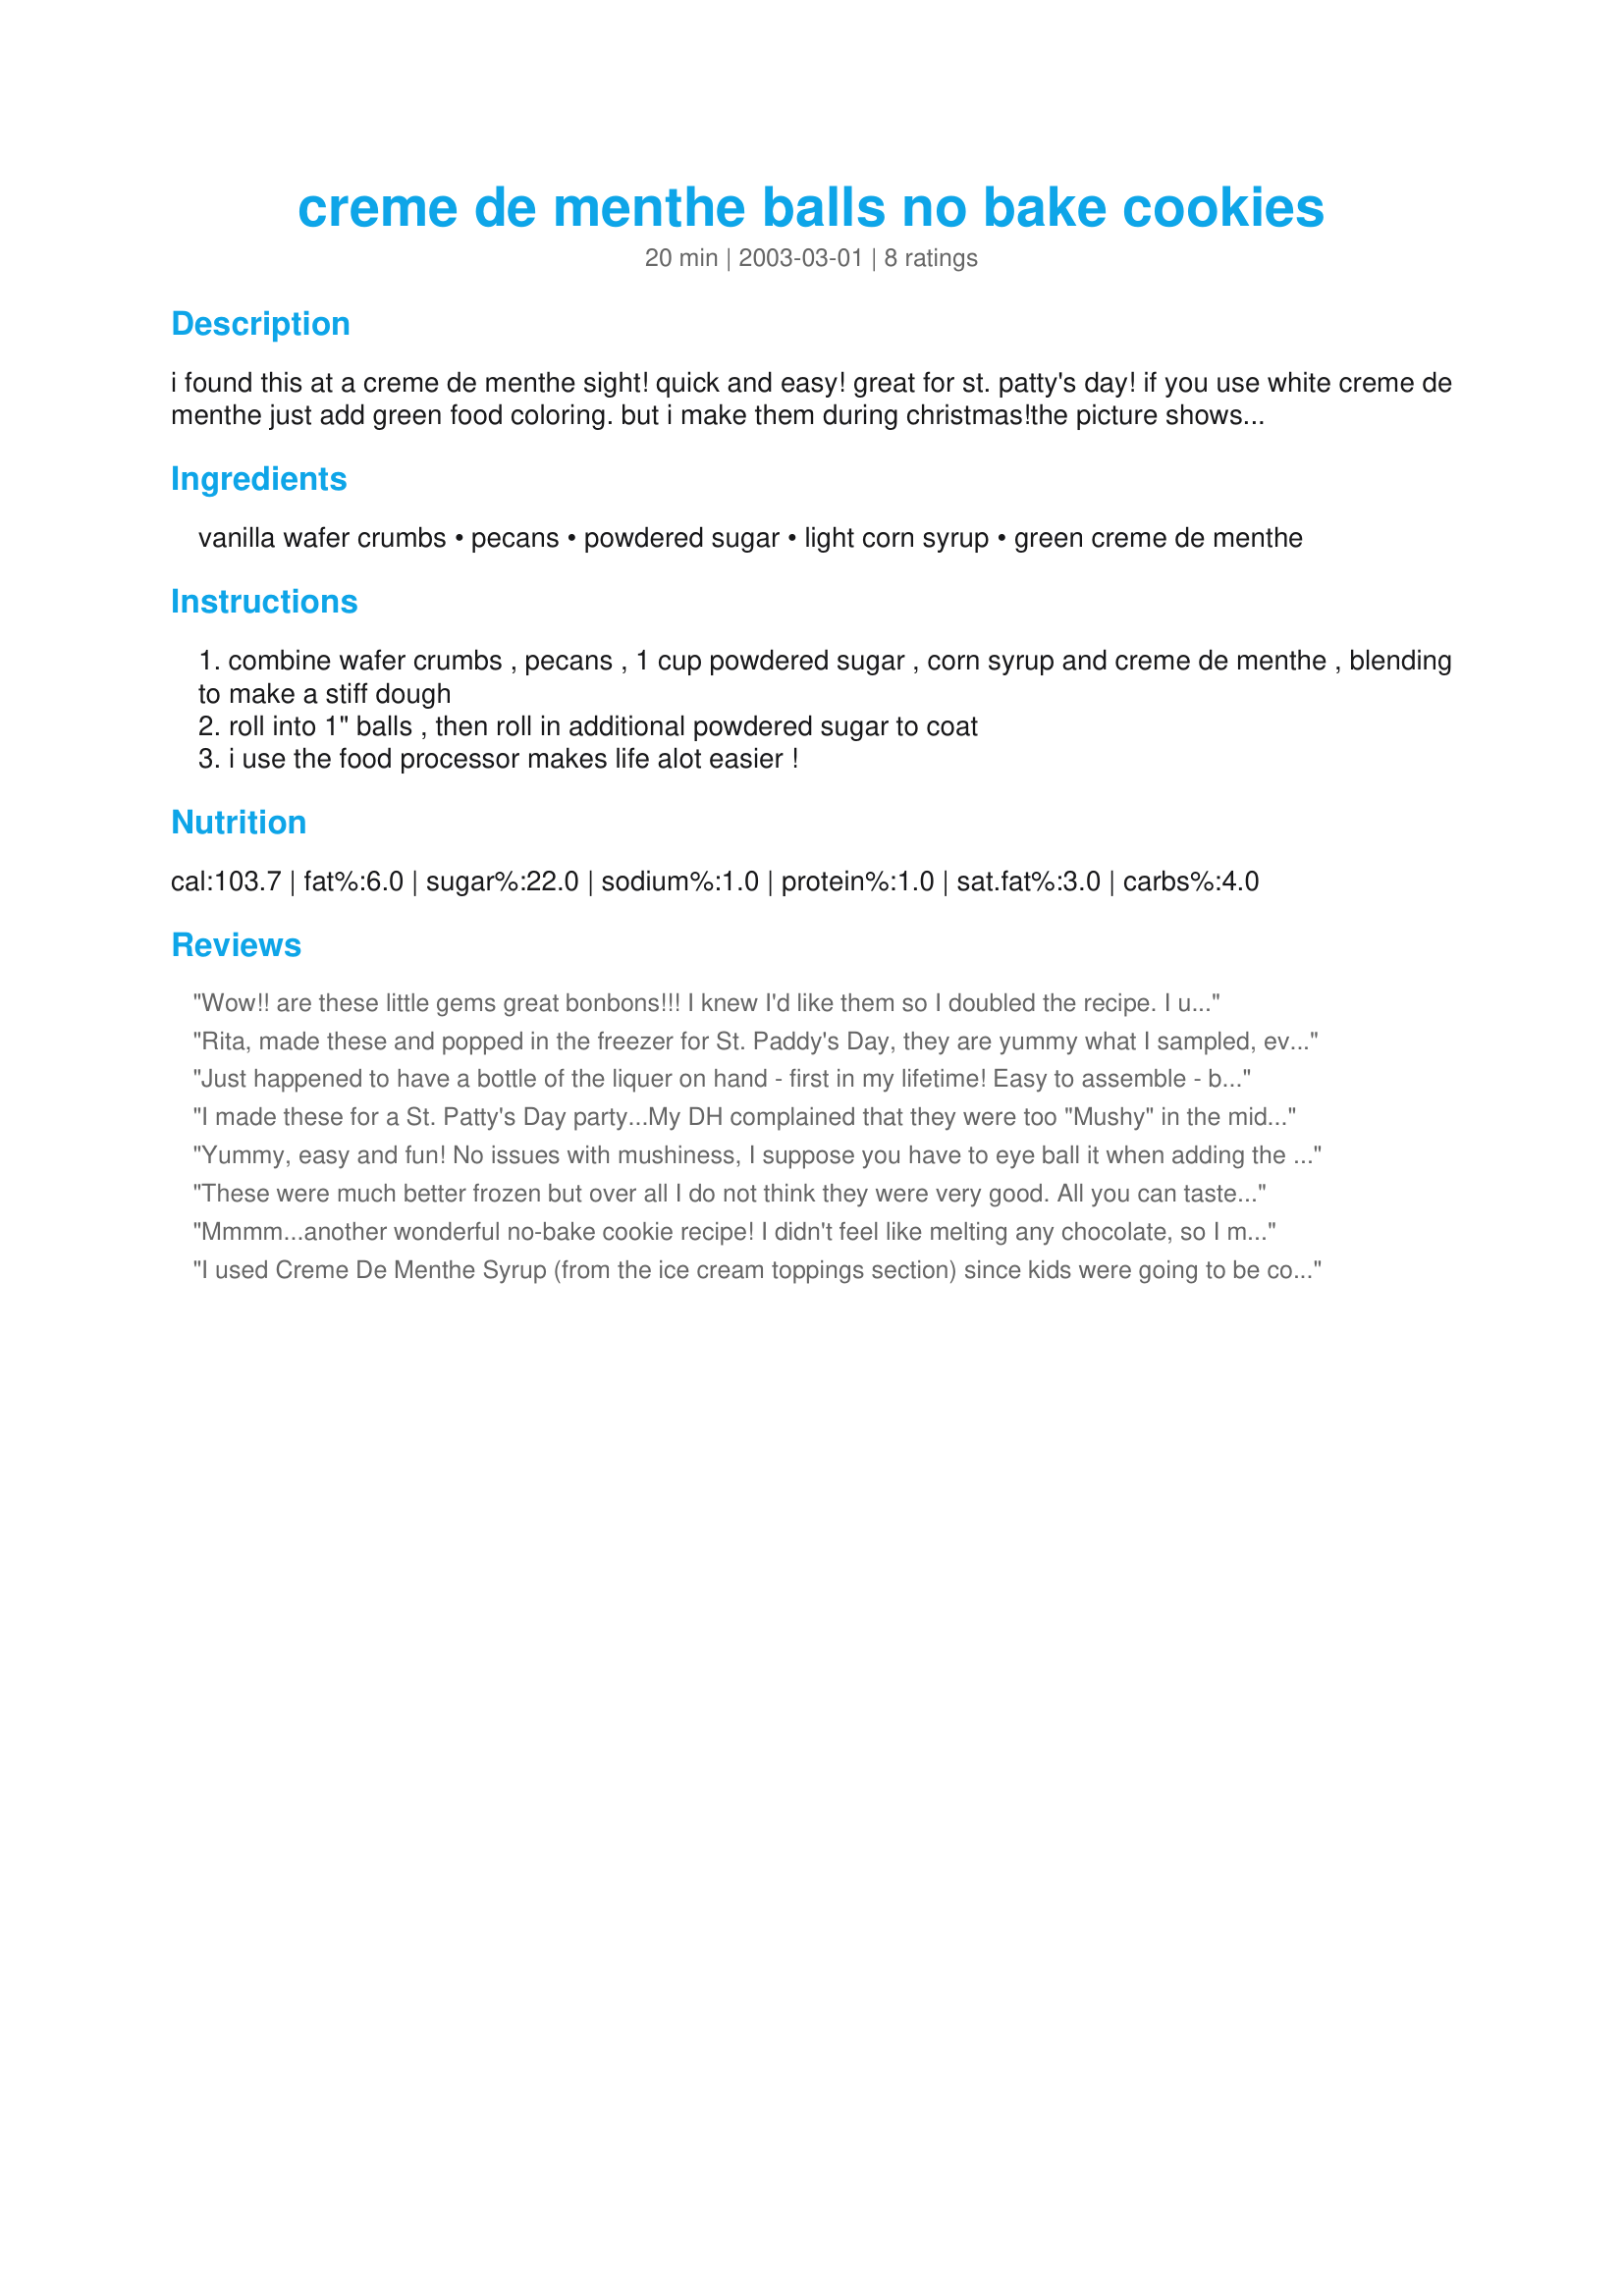
creme de menthe balls no bake cookies
Preparation time: 20 minutes

i found this at a creme de menthe sight! quick and easy! great for st. patty's day! if you use white creme de menthe just add green food coloring. but i make them during christmas!the picture shows them rolled in 1/2 cup pwdered sugar and 1 tablespoon cocoa.

Ingredients:
vanilla wafer crumbs, pecans, powdered sugar, light corn syrup, green creme de menthe

Steps:
combine wafer crumbs , pecans , 1 cup powdered sugar , corn syrup and creme de menthe , blending to make a stiff dough
roll into 1" balls , then roll in additional powdered sugar to coat
i use the food processor makes life alot easier !

Reviews:
Wow!! are these little gems great bonbons!!! I knew I'd like them so I doubled the recipe. I used chocolate wafers instead of vanilla and I used homemade Zaar creme de menthe. What a treat!! Easy to make and they freeze well. My guests are gonna love these!! Thank you Rita L.
Rita, made these and popped in the freezer for St. Paddy's Day, they are yummy what I sampled, even better after i drizzled a little chocolate glaze over them...TY for another winner!
Just happened to have a bottle of the liquer on hand - first in my lifetime! Easy to assemble - better frozen. We also added some chocholate chips and melted in microwave then mixed altogether and formed into balls then put in freezer.
I made these for a St. Patty's Day party...My DH complained that they were too "Mushy" in the middle, so I baked them at 350 for 10 minutes. We got rave reviews from everyone! They were crunchy on the outside and chewy inside.
Yummy, easy and fun! No issues with mushiness, I suppose you have to eye ball it when adding the liquid. Leaving the balls to sit in room temperature for a while (1 hr or so) will dry the surface to a thin crust. We love them!
These were much better frozen but over all I do not think they were very good. All you can taste is the alcohol so I might as well just drink it. They were mushy and the dough was awful to work with. Sorry. Guess this recipe was just not "the one" for me.
Mmmm...another wonderful no-bake cookie recipe! I didn't feel like melting any chocolate, so I mixed cocoa powder into the powdered sugar before rolling the balls in it.
I used Creme De Menthe Syrup (from the ice cream toppings section) since kids were going to be consuming. I also tried baking them which was a disaster! I baked before I rolled in powdered sugar and they just flattened. Still, they were better baked with a bit of crunch. I then dipped them in chocolate as they weren't very pretty but tasted great! Thanks.
